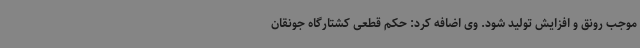
موجب رونق و افزایش تولید شود. وی اضافه کرد: حکم قطعی کشتارگاه جونقان